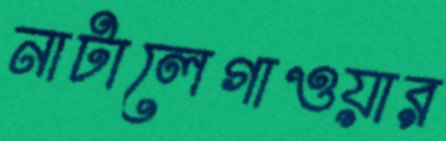
নাটালেগাওয়ার